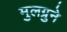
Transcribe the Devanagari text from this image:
मुलग्रुने